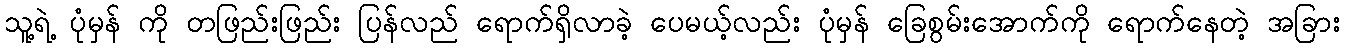
သူ့ရဲ့ ပုံမှန် ကို တဖြည်းဖြည်း ပြန်လည် ရောက်ရှိလာခဲ့ ပေမယ့်လည်း ပုံမှန် ခြေစွမ်းအောက်ကို ရောက်နေတဲ့ အခြား